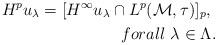
LaTeX: \begin{align*}H^pu_\lambda =[H^\infty u_\lambda \cap L^p(\mathcal M,\tau)]_p , \ \\forall \ \lambda\in\Lambda. \end{align*}